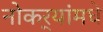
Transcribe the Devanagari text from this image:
नोकर्‍यांमधे